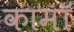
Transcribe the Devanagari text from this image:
कामॉ